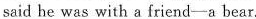
said he was with asriend—— a bear.